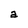
Character: a